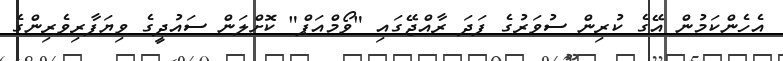
އެހެންކަމުން އޭގެ ކުރިން ސުވަރުގެ ފަދަ ރާއްޖޭގައި "ވޯމްއަޕް" ކޮށްލަން ސައުދީގެ ވިޔަފާރިވެރިންގެ